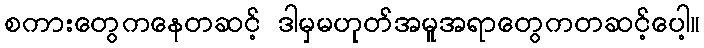
စကားတွေကနေတဆင့် ဒါမှမဟုတ်အမူအရာတွေကတဆင့်ပေါ့။